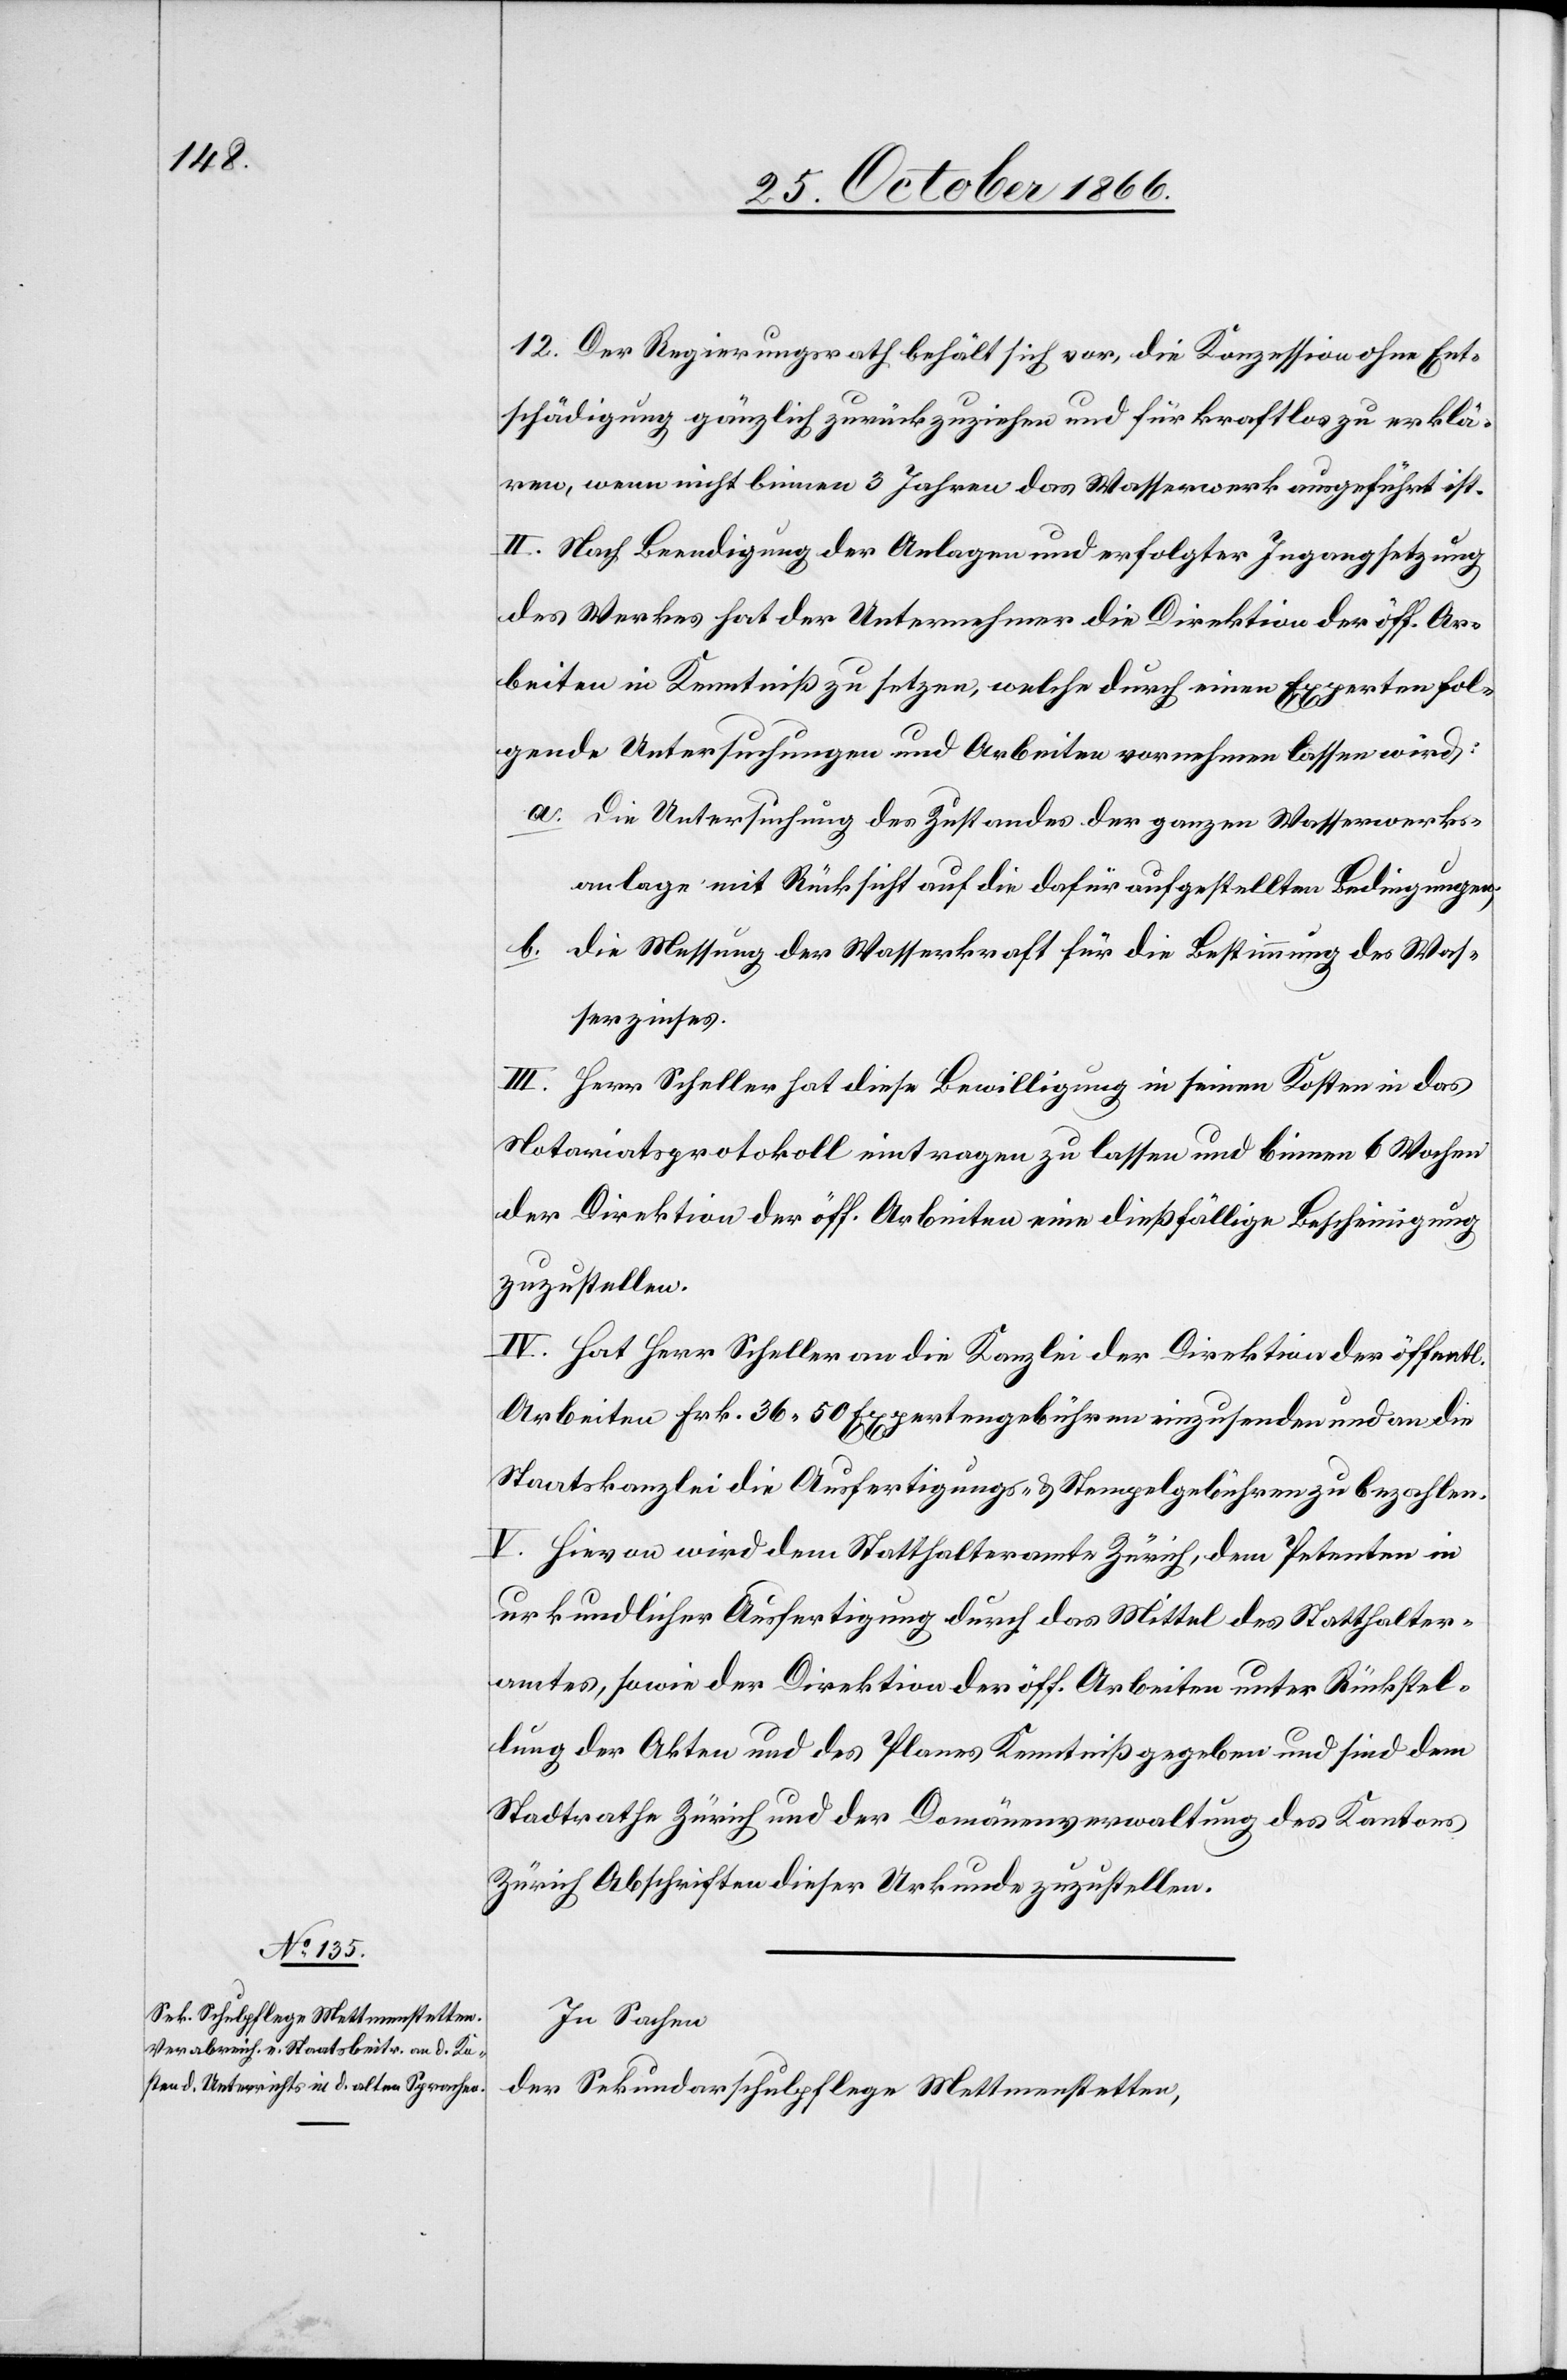
12. Der Regierungsrath behält sich vor, die Konzession ohne Ent¬
schädigung gänzlich zurückzuziehen und für kraftlos zu erklä¬
ren, wenn nicht binnen 3 Jahren das Wasserwerk ausgeführt ist.
II. Nach Beendigung der Anlagen und erfolgter Ingangsetzung
des Werkes hat der Unternehmer die Direktion der öff. Ar¬
beiten in Kenntniß zu setzen, welche durch einen Experten fol¬
gende Untersuchungen und Arbeiten vornehmen lassen wird:
a. Die Untersuchung des Zustandes der ganzen Wasserwerks¬
anlage mit Rücksicht auf die dafür aufgestellten Bedingungen,
b. die Messung der Wasserkraft für die Bestimmung des Was¬
serzinses.
III. Herr Scheller hat diese Bewilligung in seinen Kosten in das
Notariatsprotokoll eintragen zu lassen und binnen 6 Wochen
der Direktion der öff. Arbeiten eine dießfällige Bescheinigung
zuzustellen.
IV. Hat Herr Scheller an die Kanzlei der Direktion der öffentl.
Arbeiten Frk. 36.50 Expertengebühren einzusenden und an die
Staatskanzlei die Ausfertigungs- & Stempelgebühren zu bezahlen.
V. Hievon wird dem Statthalteramte Zürich, dem Petenten in
urkundlicher Ausfertigung durch das Mittel des Statthalter¬
amtes, sowie der Direktion der öff. Arbeiten unter Rückstel¬
lung der Akten und des Planes Kenntniß gegeben und sind dem
Stadtrathe Zürich und der Domänenverwaltung des Kantons
Zürich Abschriften dieser Urkunde zuzustellen.
In Sachen
der Sekundarschulpflege Mettmenstetten,